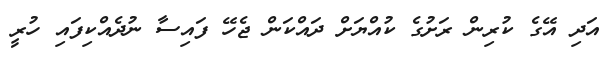
އަދި އޭގެ ކުރިން ރަށުގެ ކުއްޔަށް ދައްކަން ޖެހޭ ފައިސާ ނުދެއްކިފައި ހުރީ